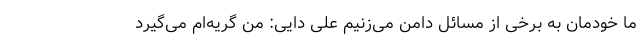
ما خودمان به برخی از مسائل دامن می‌زنیم علی دایی: من گریه‌ام می‌گیرد